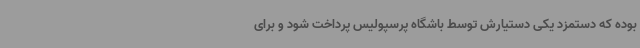
بوده که دستمزد یکی دستیارش توسط باشگاه پرسپولیس پرداخت شود و برای